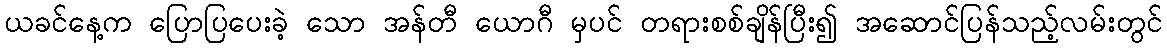
ယခင်နေ့က ပြောပြပေးခဲ့ သော အန်တီ ယောဂီ မှပင် တရားစစ်ချိန်ပြီး၍ အဆောင်ပြန်သည့်လမ်းတွင်